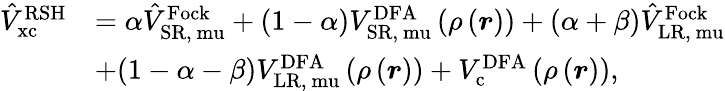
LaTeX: \begin{array}{rl}{\hat{V}_{\mathrm{{xc}}}^{\mathrm{RSH}}}&{=\alpha\hat{V}_{\mathrm{{SR,}\ mu}}^{\mathrm{Fock}}+(1-\alpha)V_{\mathrm{{SR,}\ mu}}^{\mathrm{DFA}}\left(\rho\left(\boldsymbol{r}\right)\right)+(\alpha+\beta)\hat{V}_{\mathrm{{LR,}\ mu}}^{\mathrm{Fock}}}\\ &{+(1-\alpha-\beta)V_{\mathrm{{LR,}\ mu}}^{\mathrm{DFA}}\left(\rho\left(\boldsymbol{r}\right)\right)+V_{\mathrm{{c}}}^{\mathrm{DFA}}\left(\rho\left(\boldsymbol{r}\right)\right),}\end{array}